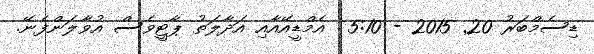
ޑިސެމްބަރު 20